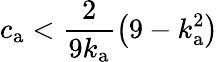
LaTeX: {c_{\mathrm{a}}<\frac{2}{9k_{\mathrm{a}}}\left(9-k_{\mathrm{a}}^{2}\right)}